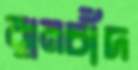
রামচাঁদ